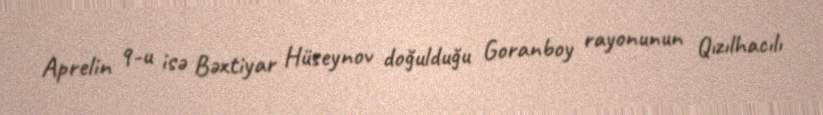
Aprelin 9-u isə Bəxtiyar Hüseynov doğulduğu Goranboy rayonunun Qızılhacılı